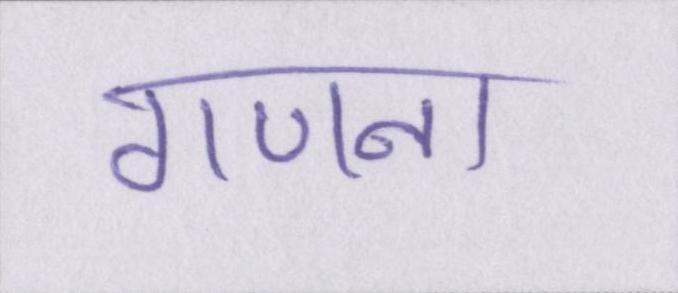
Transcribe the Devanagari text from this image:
गणना